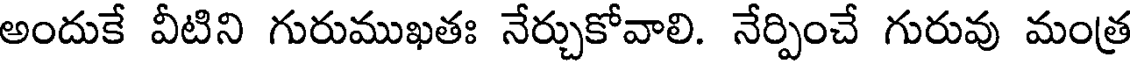
అందుకే వీటిని గురుముఖతః నేర్చుకోవాలి. నేర్పించే గురువు మంత్ర